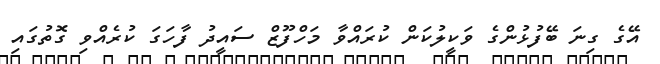
އޭގެ ގިނަ ބޭފުޅުންގެ ވަކީލުކަން ކުރައްވާ މަހްފޫޒް ސައީދު ފާހަގަ ކުރެއްވި ގޮތުގައި